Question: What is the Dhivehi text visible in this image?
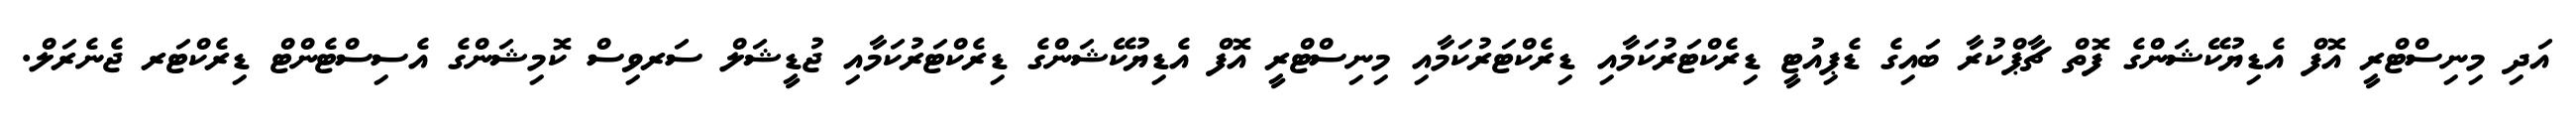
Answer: އަދި މިނިސްޓްރީ އޮފް އެޑިޔުކޭޝަންގެ ފޮތް ޗާޕްކުރާ ބައިގެ ޑެޕިއުޓީ ޑިރެކްޓަރުކަމާއި ޑިރެކްޓަރުކަމާއި މިނިސްޓްރީ އޮފް އެޑިޔުކޭޝަންގެ ޑިރެކްޓަރުކަމާއި ޖުޑީޝަލް ސަރވިސް ކޮމިޝަންގެ އެސިސްޓެންޓް ޑިރެކްޓަރ ޖެނެރަލް.